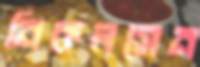
নিকলসেন